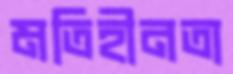
মতিহীনতা